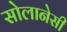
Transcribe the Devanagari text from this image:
सोलानेसी